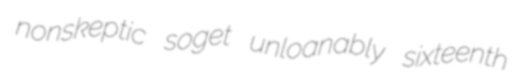
nonskeptic soget unloanably sixteenth